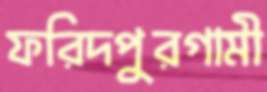
ফরিদপুরগামী